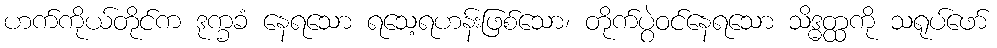
ဟက်ကိုယ်တိုင်က ဒုက္ခခံ နေရသော ရသေ့ရဟန်းဖြစ်သော၊ တိုက်ပွဲဝင်နေရသော သိဒ္ဓတ္ထကို သရုပ်ဖော်